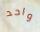
واحد